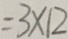
= 3 \times 1 2